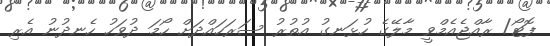
ފޮޓޯ/ ރާއްޖެއެމްވީ މާލޭގެ ހުޅަނގު އުތުރު ސަރަހައްދަށް ހޯމަ ދުވަހު ހެނދުނު އެރި